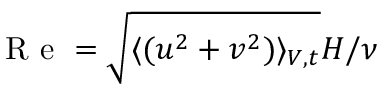
\mathrm { ~ R ~ e ~ } = \sqrt { \langle ( u ^ { 2 } + v ^ { 2 } ) \rangle _ { V , t } } H / \nu